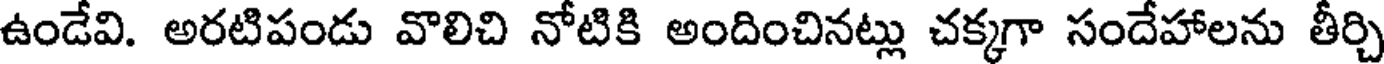
ఉండేవి. అరటిపండు వొలిచి నోటికి అందించినట్లు చక్కగా సందేహాలను తీర్చి